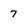
Character: 7